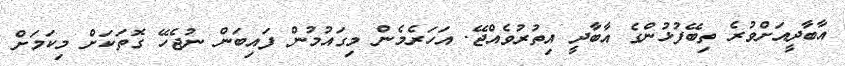
އާބާދީއަށްވުރެ ތިބޭފުޅުންގެ އާބާދީ އިތުރުވެއްޖޭ. އަހަރެމެން މިގައުމުން ފައިބަން ނުޖެހޭ ގޮތަކަށް މިކަމަށް